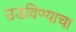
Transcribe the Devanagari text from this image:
उडविण्याचा